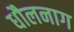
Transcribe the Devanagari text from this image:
धौलनाग